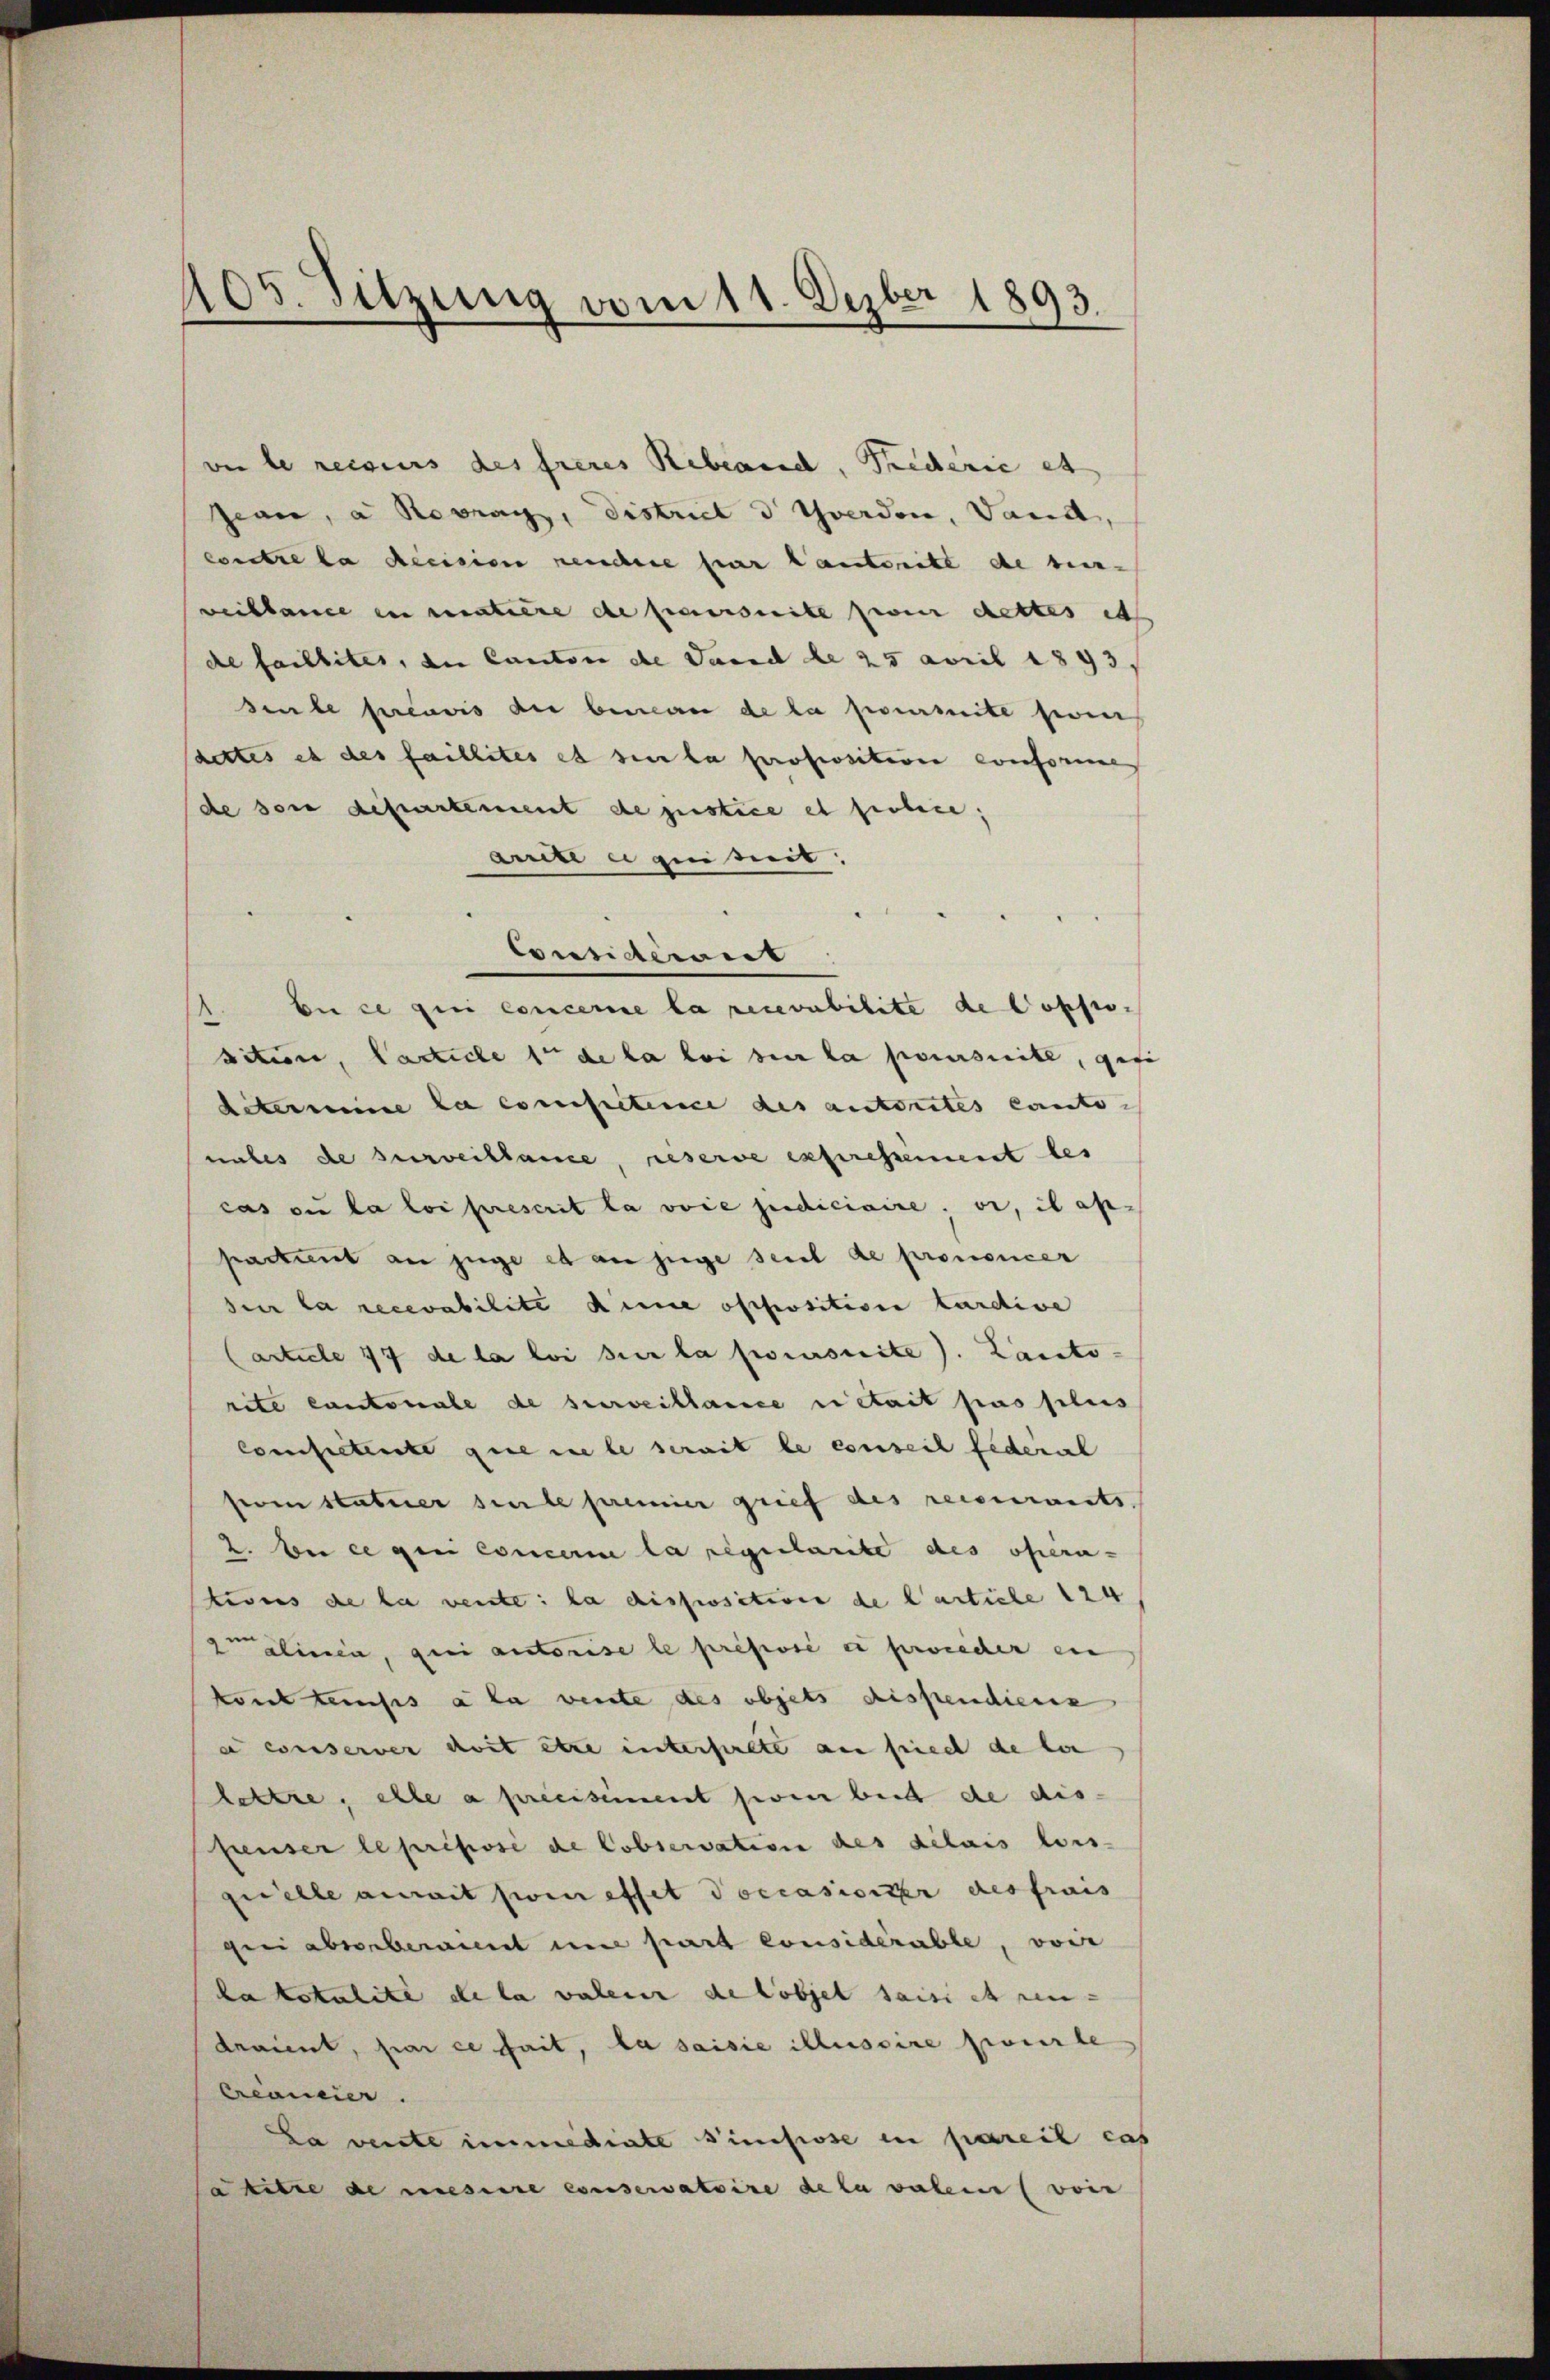
405. Sitzung vom 11. Dezber 1893.

von de reiseurs des freies Rebland, Prederie et
jean, a Retrag, District d Yverden, Vand,
contre la decision neuchere par lauterite de bei-
weiblance ein matiere de parseite per cettes et
de faillites, die Canton de Jaend de 25 avril 1893.
seule préavis du beman de la permite sein
dettes et des faillites et sie la proposition conforme
de son departement de justice et fiebene,
arite e quisit
Considerrit
1. En ce qui concerne la recevabilite de Poppo-
sition, Carticle 1 de la loi sur la poursuite, gefi
determine la competence des autorites Canto-
nates de surveillance, reserve expressement bes
cas ou la loi prescrit la voie judiciaire. Si, il ap-
partient an juge et an juge seiel de prononcer
sur la recevabilite die opposition tardive
Carticle 17 de la loi sur la procursuite). Kanto-
rite cantonale de surveillance était pas plus
competente que viele serait le conseil federal
fom statuer sente premier grief des recourants.
2. bei ee gen Concerne la regularite des opera-
tions de la vente: la disposition de Carticle 124,
qualinea, qui autorise le pressé en precher ein
kont tauses à la vente des objets dispendienz
e conserver doit etwa interhielte an sie de lan
lettre, elle a preeisement sei beid de dis
Preuser le prisosé de Cobservation des délais lois-
quelle aurait soi effet occasierter des frais
gii abserberaient und part considérable, voie
ha totalite de la valen de lobjet saisi et ren-
draient, par ce fait, la saisie illuscire feierle
Crcanie.
La verste immediate sindsrose in pareil cas
a titre de mesure conservatoire de la valen (von